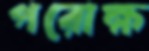
পরোক্ষ